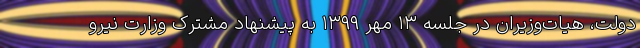
دولت، هیات‌وزیران در جلسه ۱۳ مهر ۱۳۹۹ به پیشنهاد مشترک وزارت نیرو